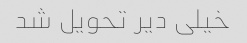
خیلی دیر تحویل شد